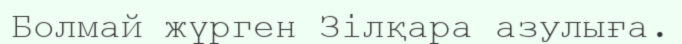
Болмай жүрген Зілқара азулыға.